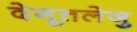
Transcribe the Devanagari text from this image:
देगूतलेजु